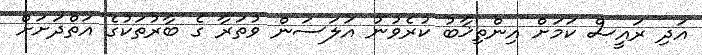
އަދި ރައީސް ކަމަށް އިންތިޚާބު ކުރެވުނު އަލަސަން ވުތަރާ ގެ ބާރުތަކުގެ އަތްދަށަށް